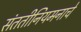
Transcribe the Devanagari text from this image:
संततीनियमनाचे